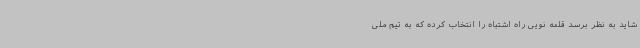
شاید به نظر برسد قلعه نویی راه اشتباه را انتخاب کرده که به تیم ملی